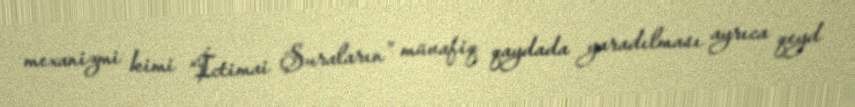
mexanizmi kimi “İctimai Şuraların” müvafiq qaydada yaradılması ayrıca qeyd